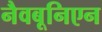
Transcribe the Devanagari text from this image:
नैवबूनिएन